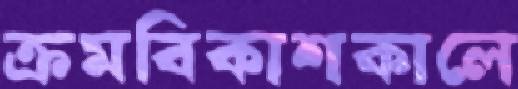
ক্রমবিকাশকালে